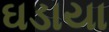
ઘડાયા